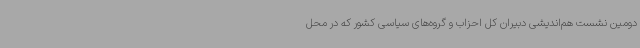
دومین نشست هم‌اندیشی دبیران کل احزاب و گروه‌های سیاسی کشور که در محل